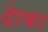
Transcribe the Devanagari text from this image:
ढाेका